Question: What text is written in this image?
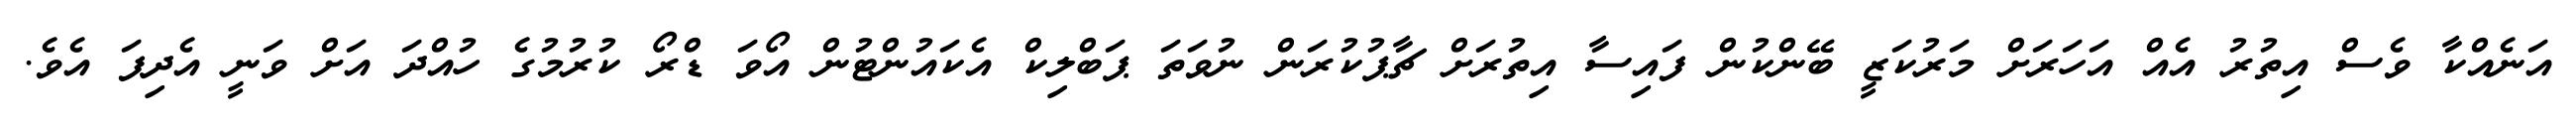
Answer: އަނެއްކާ ވެސް އިތުރު އެއް އަހަރަށް މަރުކަޒީ ބޭންކުން ފައިސާ އިތުރަށް ޗާޕުކުރަން ނުވަތަ ޕަބްލިކް އެކައުންޓުން އޯވަ ޑްރޯ ކުރުމުގެ ހުއްދަ އަށް ވަނީ އެދިފަ އެވެ.